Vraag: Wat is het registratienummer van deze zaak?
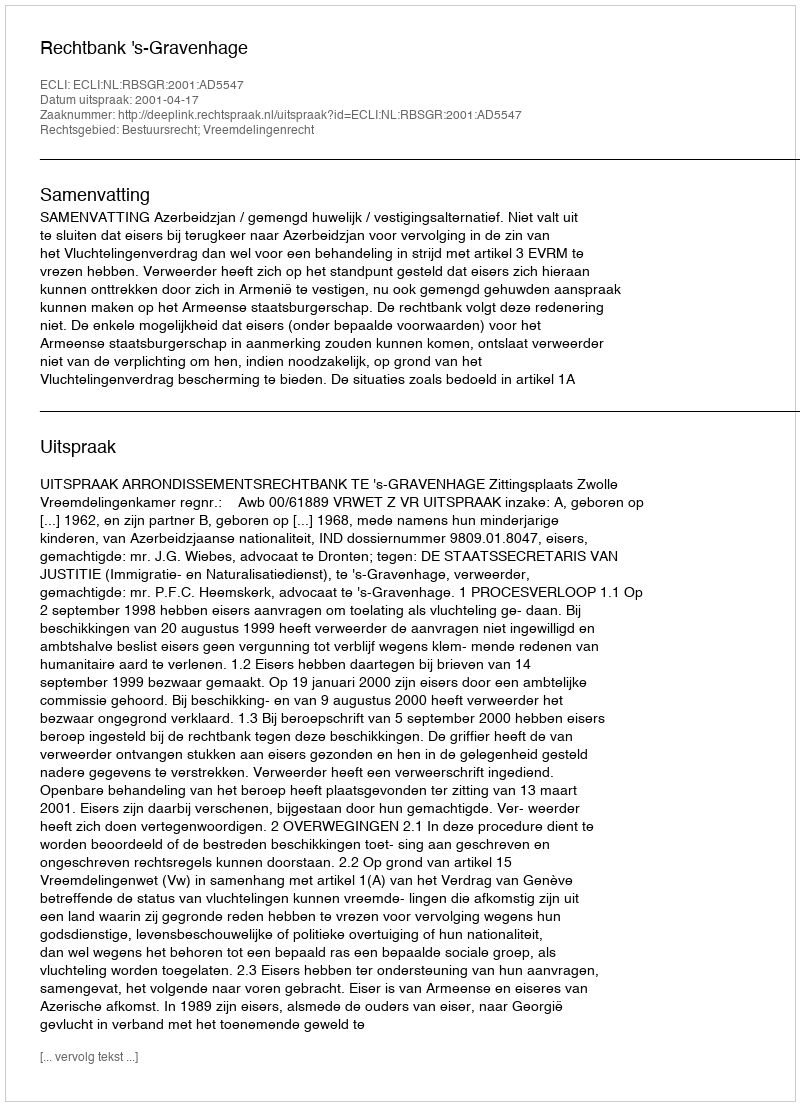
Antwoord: http://deeplink.rechtspraak.nl/uitspraak?id=ECLI:NL:RBSGR:2001:AD5547